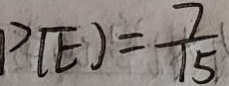
P ( E ) = \frac { 7 } { 1 5 }